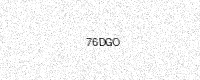
Text: 76DGO